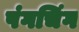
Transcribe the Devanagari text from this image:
षंगचिंग